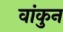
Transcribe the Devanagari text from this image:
वांकुन